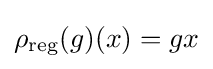
\rho _{\text{reg}}(g)(x)=gx